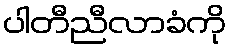
ပါတီညီလာခံကို